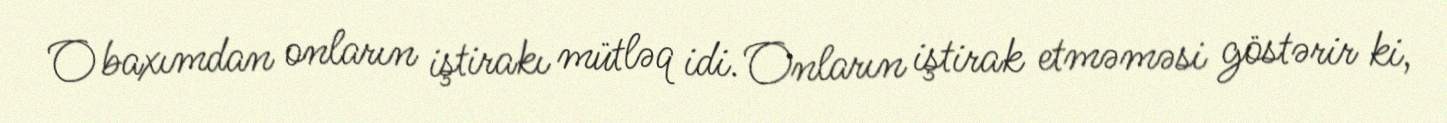
O baxımdan onların iştirakı mütləq idi. Onların iştirak etməməsi göstərir ki,